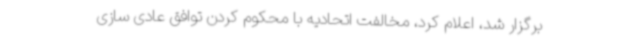
برگزار شد، اعلام کرد، مخالفت اتحادیه با محکوم کردن توافق عادی سازی